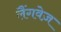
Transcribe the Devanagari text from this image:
लैंगवेज़